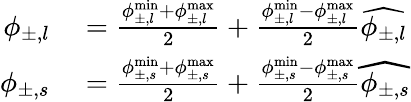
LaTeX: \begin{array}{rl}{\phi_{\pm,l}}&{{}=\frac{\phi_{\pm,l}^{\operatorname*{min}}+\phi_{\pm,l}^{\operatorname*{max}}}{2}+\frac{\phi_{\pm,l}^{\operatorname*{min}}-\phi_{\pm,l}^{\operatorname*{max}}}{2}\widehat{{\phi_{\pm,l}}}}\\ {\phi_{\pm,s}}&{{}=\frac{\phi_{\pm,s}^{\operatorname*{min}}+\phi_{\pm,s}^{\operatorname*{max}}}{2}+\frac{\phi_{\pm,s}^{\operatorname*{min}}-\phi_{\pm,s}^{\operatorname*{max}}}{2}\widehat{{\phi_{\pm,s}}}}\end{array}